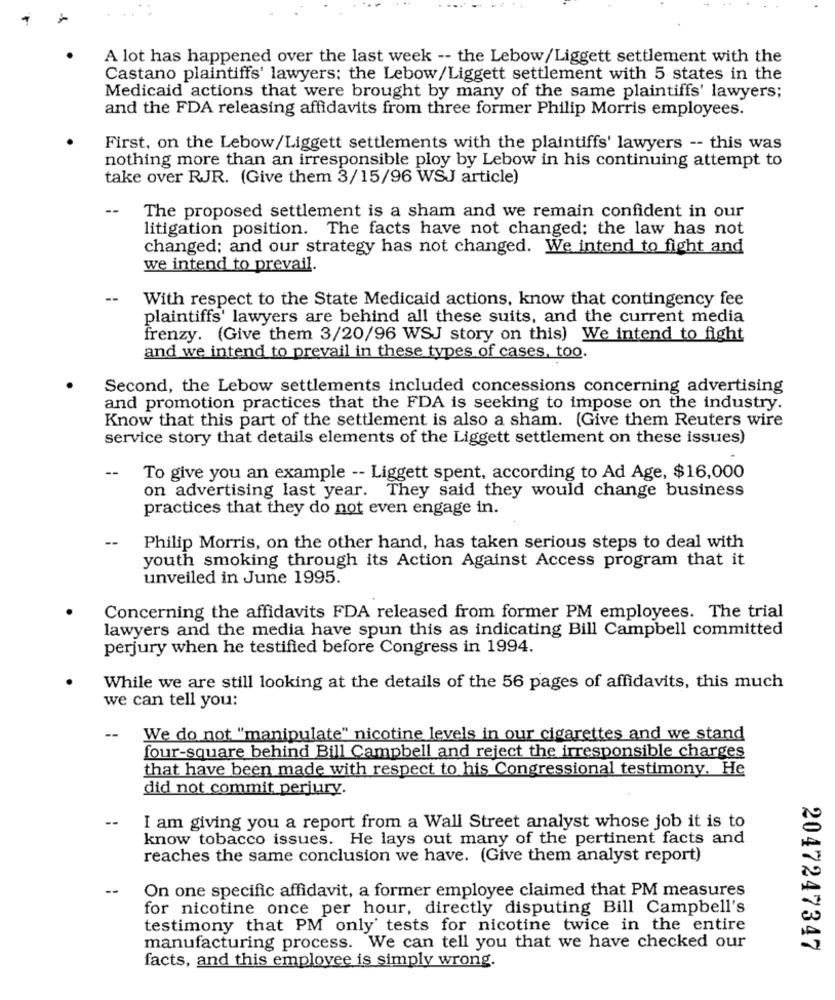
A lot has happened over the last week -- the Lebow/Liggett settlement with the
Castano plaintiffs' lawyers: the Lebow/Liggett settlement with 5 states in the
Medicaid actions that were brought by many of the same plaintiffs' lawyers;
and the FDA releasing affidavits from three former Philip Morris employees.
First, on the Lebow/Liggett settlements with the plaintiffs' lawyers -- this was
nothing more than an irresponsible ploy by Lebow in his continuing attempt to
take over RJR. (Give them 3/15/96 WSJ article)
--
The proposed settlement is a sham and we remain confident in our
litigation position. The facts have not changed: the law has not
changed; and our strategy has not changed. We intend to fight and
we intend to prevail.
--
With respect to the State Medicaid actions, know that contingency fee
plaintiffs' lawyers are behind all these suits, and the current media
frenzy. (Give them 3/20/96 WSJ story on this) We intend to fight
and we intend to prevail in these types of cases, too.
Second, the Lebow settlements included concessions concerning advertising
and promotion practices that the FDA is seeking to impose on the industry.
Know that this part of the settlement is also a sham. (Give them Reuters wire
service story that details elements of the Liggett settlement on these issues)
--
To give you an example -- Liggett spent, according to Ad Age, $16,000
on advertising last year. They said they would change business
practices that they do not even engage in.
--
Philip Morris, on the other hand, has taken serious steps to deal with
youth smoking through its Action Against Access program that it
unveiled in June 1995.
Concerning the affidavits FDA released from former PM employees. The trial
lawyers and the media have spun this as indicating Bill Campbell committed
perjury when he testified before Congress in 1994.
While we are still looking at the details of the 56 pages of affidavits, this much
we can tell you:
--
We do not "manipulate" nicotine levels in our cigarettes and we stand
four-square behind Bill Campbell and reject the irresponsible charges
that have been made with respect to his Congressional testimony. He
did not commit perjury.
--
I am giving you a report from a Wall Street analyst whose job it is to
know tobacco issues. He lays out many of the pertinent facts and
reaches the same conclusion we have. (Give them analyst report)
-
On one specific affidavit, a former employee claimed that PM measures
for nicotine once per hour, directly disputing Bill Campbell's
testimony that PM only' tests for nicotine twice in the entire
manufacturing process. We can tell you that we have checked our
2047247347
facts, and this employee is simply wrong.